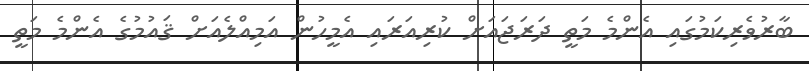
ބާރުވެރިކަމުގައި އެންމެ މަތީ ދަރަޖައަށް ކުރިއަރައި އެމީހުން އަމިއްލެއަށް ޤައުމުގެ އެންމެ މަތީ